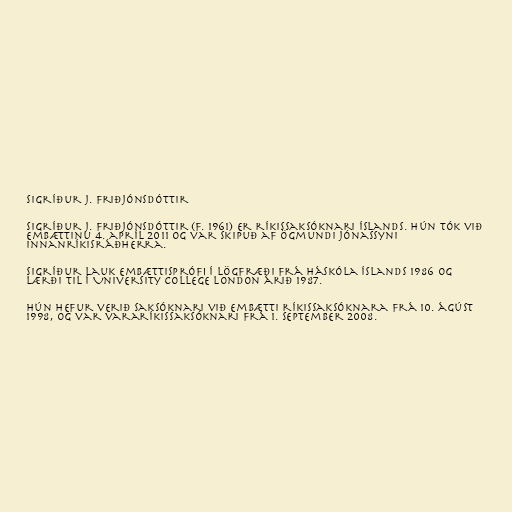
Sigríður J. Friðjónsdóttir

Sigríður J. Friðjónsdóttir (f. 1961) er ríkissaksóknari Íslands. Hún tók við
embættinu 4. apríl 2011 og var skipuð af Ögmundi Jónassyni
innanríkisráðherra.

Sig­ríður lauk embætt­is­prófi í lög­fræði frá Há­skóla Íslands 1986 og
lærði til í Uni­versity Col­l­e­ge London árið 1987.

Hún hef­ur verið sak­sókn­ari við embætti rík­is­sak­sókn­ara frá 10. ág­úst
1998, og var vara­rík­is­sak­sókn­ari frá 1. sept­em­ber 2008.